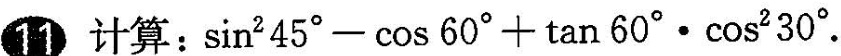
11 计算:$$\sin ^ { 2 } 4 5 ° - \cos 6 0 ° \cdot \tan 6 0 ° \cos 2 3 0 °$$.